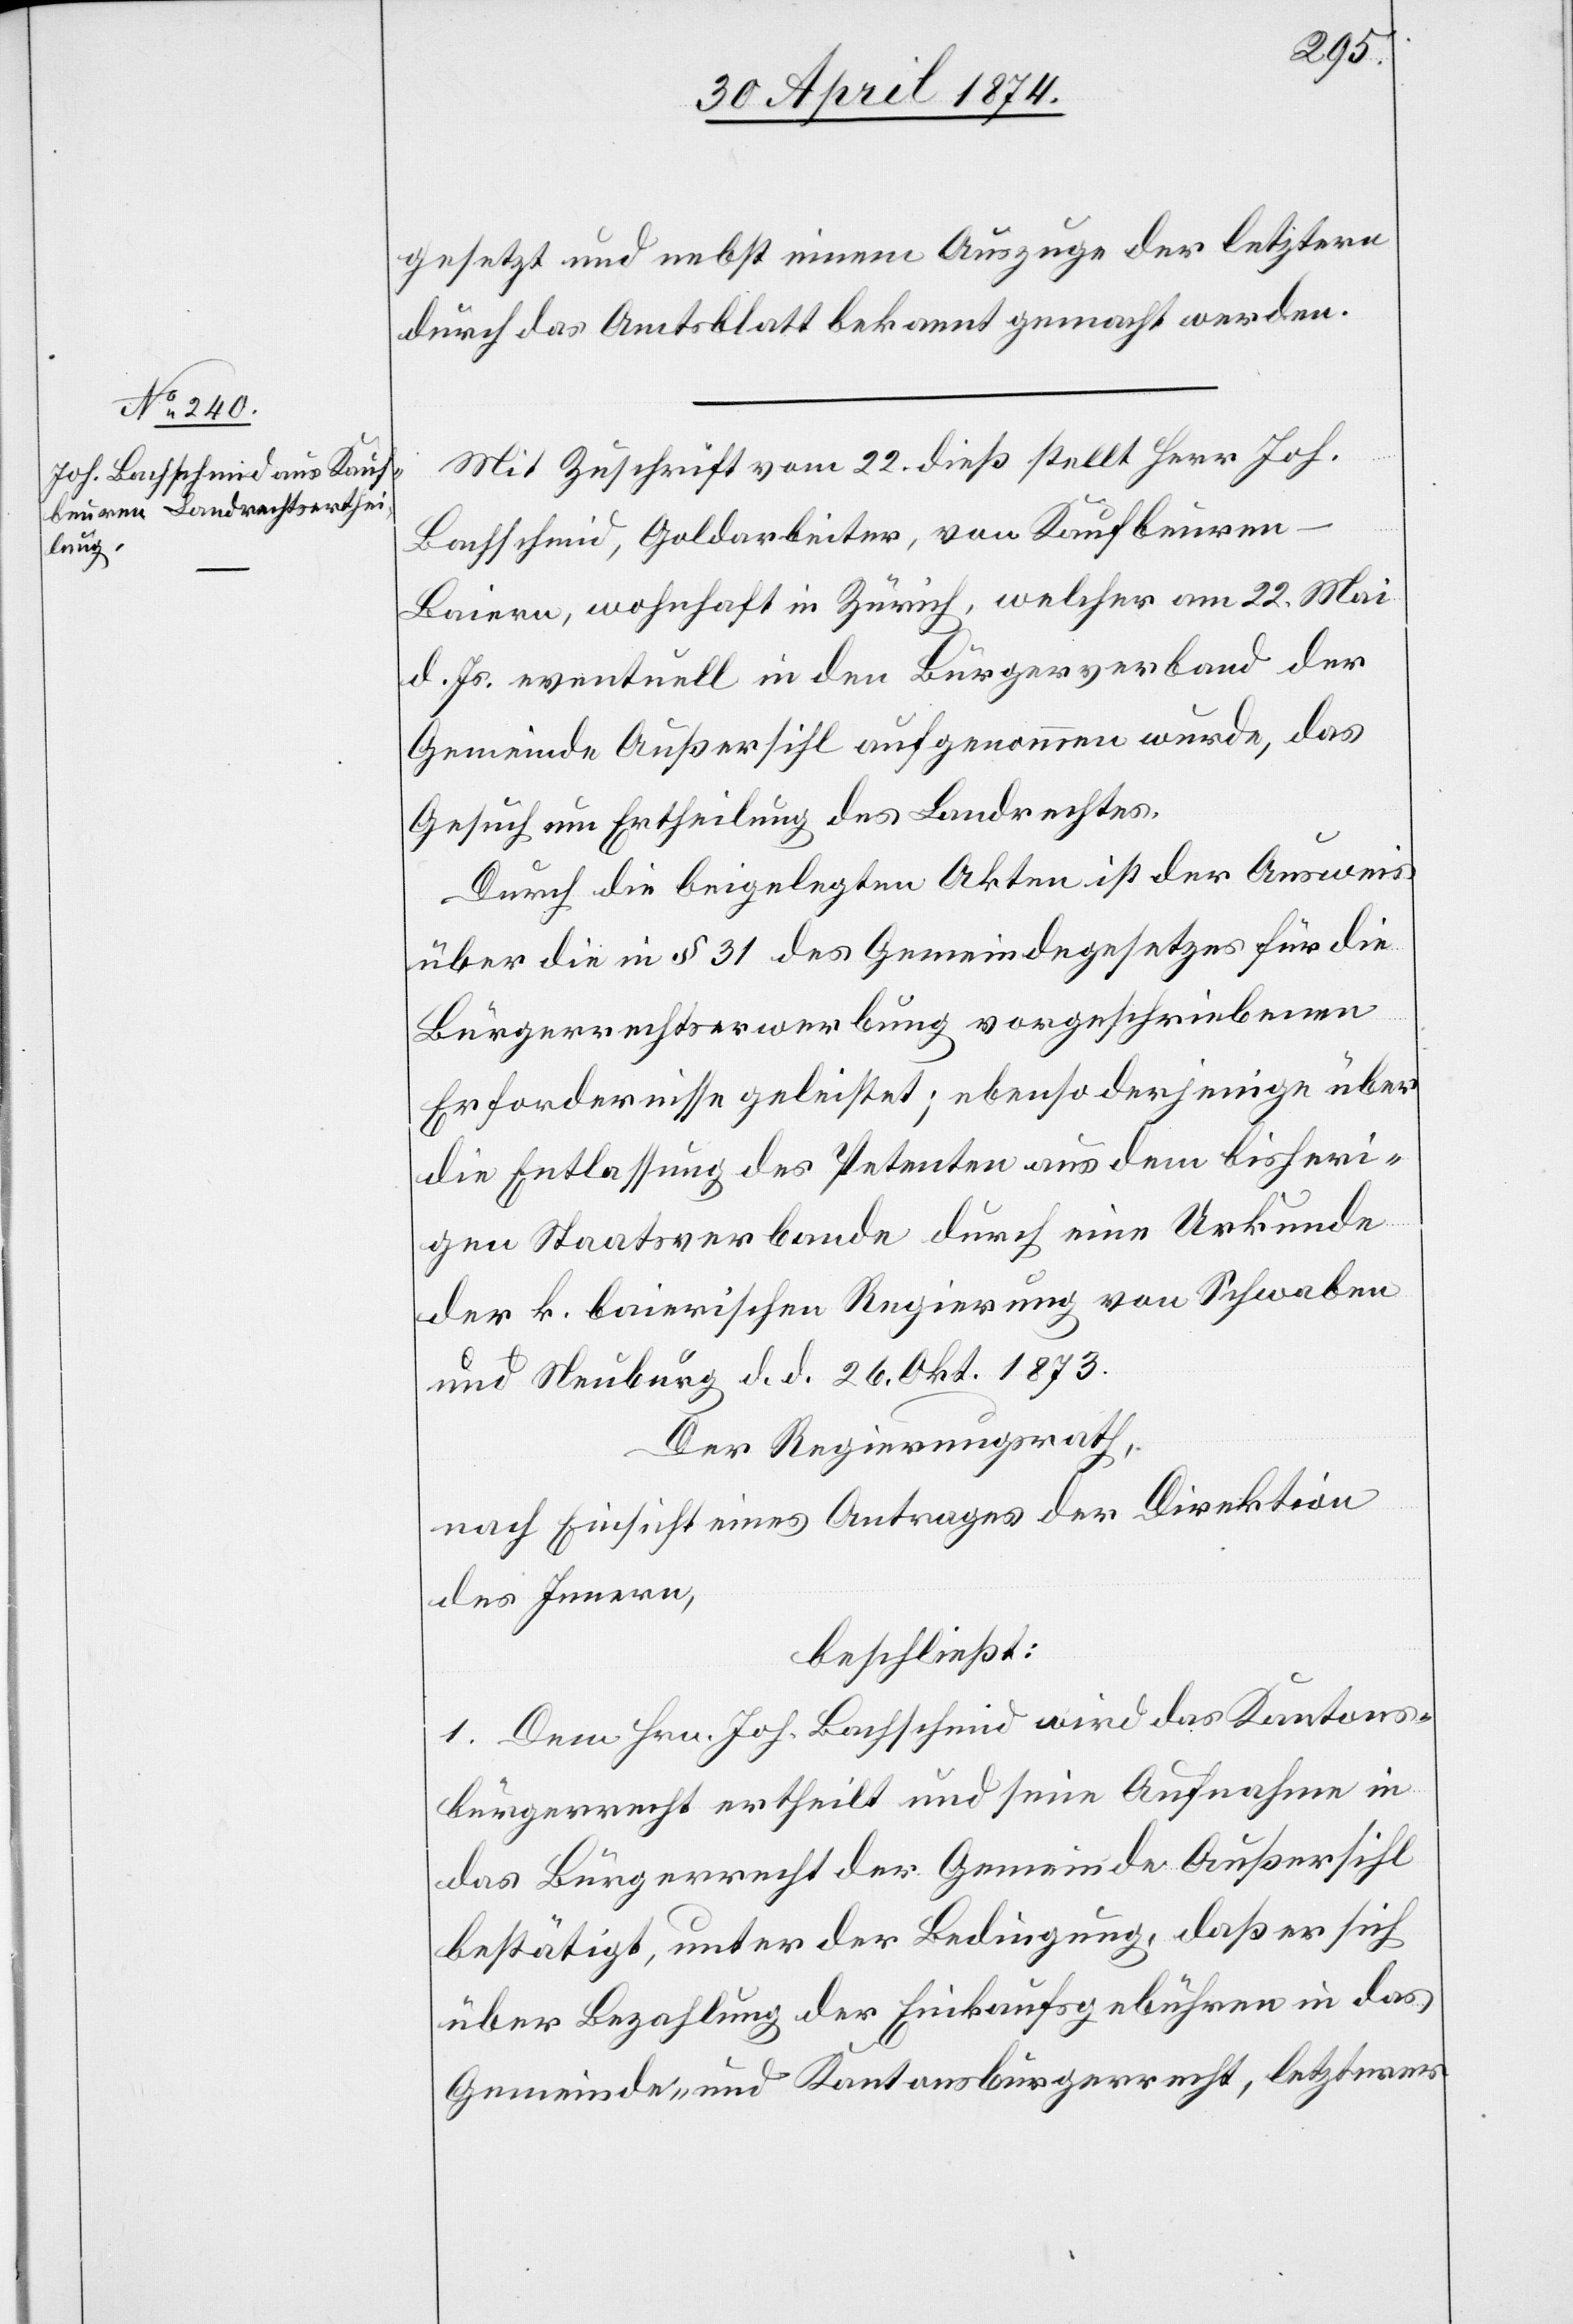
gesetzt und nebst einem Auszuge der letztern
durch das Amtsblatt bekannt gemacht worden.
Mit Zuschrift vom 22. dies stellt Herr Joh.
Bachschmid, Goldarbeiter, von Kaufbeure¬
n-Baiern, wohnhaft in Zürich, welcher am 22. Mai
d. Js. eventuell in den Bürgerverband der
Gemeinde Außersihl aufgenommen wurde, das
Gesuch um Ertheilung des Landrechtes.
Durch die beigelegten Akten ist der Ausweis
über die in § 31 des Gemeindegesetzes für die
Bürgerrechtserwerbung vorgeschriebenen
Erfordernisse geleistet; ebenso derjenige über
die Entlassung des Petenten aus dem bisheri¬
gen Staatsverbande durch eine Urkunde
der k. baierischen Regierung von Schwaben
und Neuburg d. d. 26. Okt. 1873.
Der Regierungsrath,
nach Einsicht eines Antrages der Direktion
des Innern,
beschließt:
1. Dem Hrn. Joh. Bachschmid wird das Kantons¬
bürgerrecht ertheilt und seine Aufnahme in
das Bürgerrecht der Gemeinde Außersihl
bestätigt, unter der Bedingung, daß er sich
über Bezahlung der Einkaufsgebühren in das
Gemeinde- und Kantonsbürgerrecht, letzteres